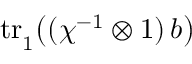
\mathrm { t r } { \vphantom | } _ { 1 } \bigl ( ( \chi ^ { - 1 } \otimes 1 ) \, b \bigr )